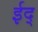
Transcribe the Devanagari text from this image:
ईद्